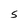
Character: S